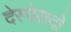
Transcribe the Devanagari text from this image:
देस्पेरादो